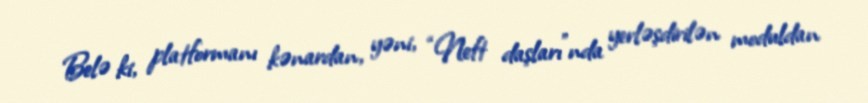
Belə ki, platformanı kənardan, yəni, “Neft daşları”nda yerləşdirilən moduldan